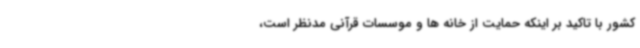
کشور با تاکید بر اینکه حمایت از خانه ها و موسسات قرآنی مدنظر است،